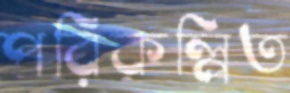
পরিকল্পিত